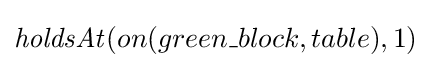
{\mathit {holdsAt}}(on(green\_block,table),1)